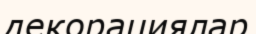
декорациялар